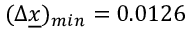
( \Delta \underline { { x } } ) _ { m i n } = 0 . 0 1 2 6